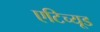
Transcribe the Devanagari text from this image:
एटिच्यूड